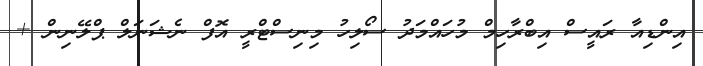
އިންޑިއާ ރައީސް އިބްރާހިމް މުހައްމަދު ސޯލިހު މިނިސްޓްރީ އޮފް ނެޝަނަލް ޕްލޭނިން +